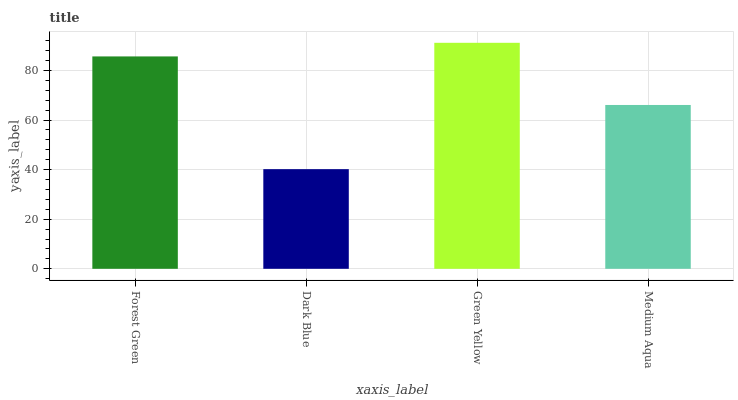
| xaxis_label | bars |
 | --- | --- |
 | Forest Green | 85.7 |
 | Dark Blue | 40.2 |
 | Green Yellow | 91.2 |
 | Medium Aqua | 66.1 |